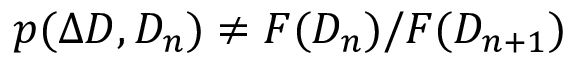
p ( \Delta D , D _ { n } ) \neq F ( D _ { n } ) / F ( D _ { n + 1 } )